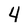
Character: 4